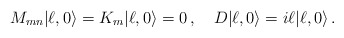
\begin{align*} M_{mn}|\ell,0\rangle = K_m |\ell,0\rangle = 0\,, \quad D|\ell,0\rangle = i\ell |\ell,0\rangle\,.\end{align*}